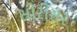
સીરીસ૨